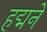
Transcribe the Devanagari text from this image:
हद्मने